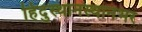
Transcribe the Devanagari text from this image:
हिंदुस्थानस्थानभर